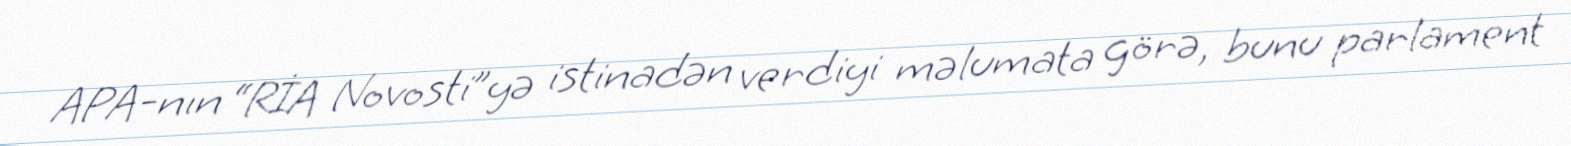
APA-nın “RİA Novosti”yə istinadən verdiyi məlumata görə, bunu parlament